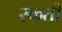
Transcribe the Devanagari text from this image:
स्कती